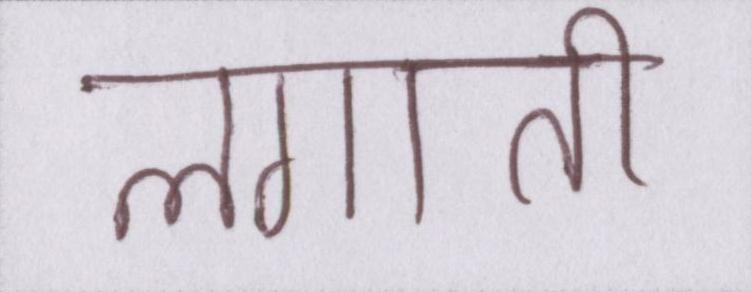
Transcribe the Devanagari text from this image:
लगाती